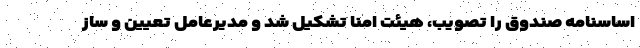
اساسنامه صندوق را تصویب، هیئت امنا تشکیل شد و مدیرعامل تعیین و ساز